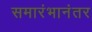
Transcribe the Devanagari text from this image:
समारंभानंतर